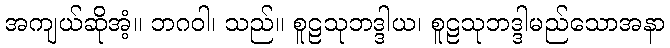
အကျယ်ဆိုအံ့။ ဘဂဝါ၊ သည်။ စူဠသုဘဒ္ဒါယ၊ စူဠသုဘဒ္ဒါမည်သောအနာ